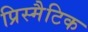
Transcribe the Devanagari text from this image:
प्रिस्मैटिक